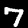
Digit: 7